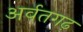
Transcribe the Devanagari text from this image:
अर्वतगढ़